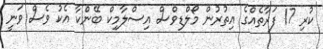
ކުރި 17 ފަރާތެއްގެ އިތުރުން މޯލްޑިވްސް އިސްލާމިކް ބޭންކާ އެކު ވެސް ވަނީ